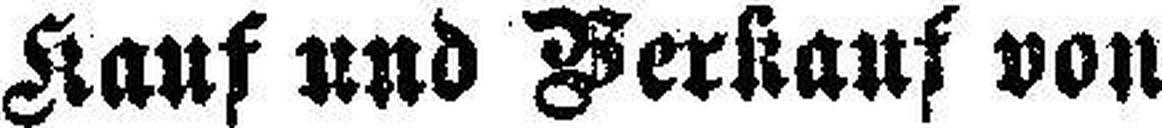
Kauf und Verkauf von